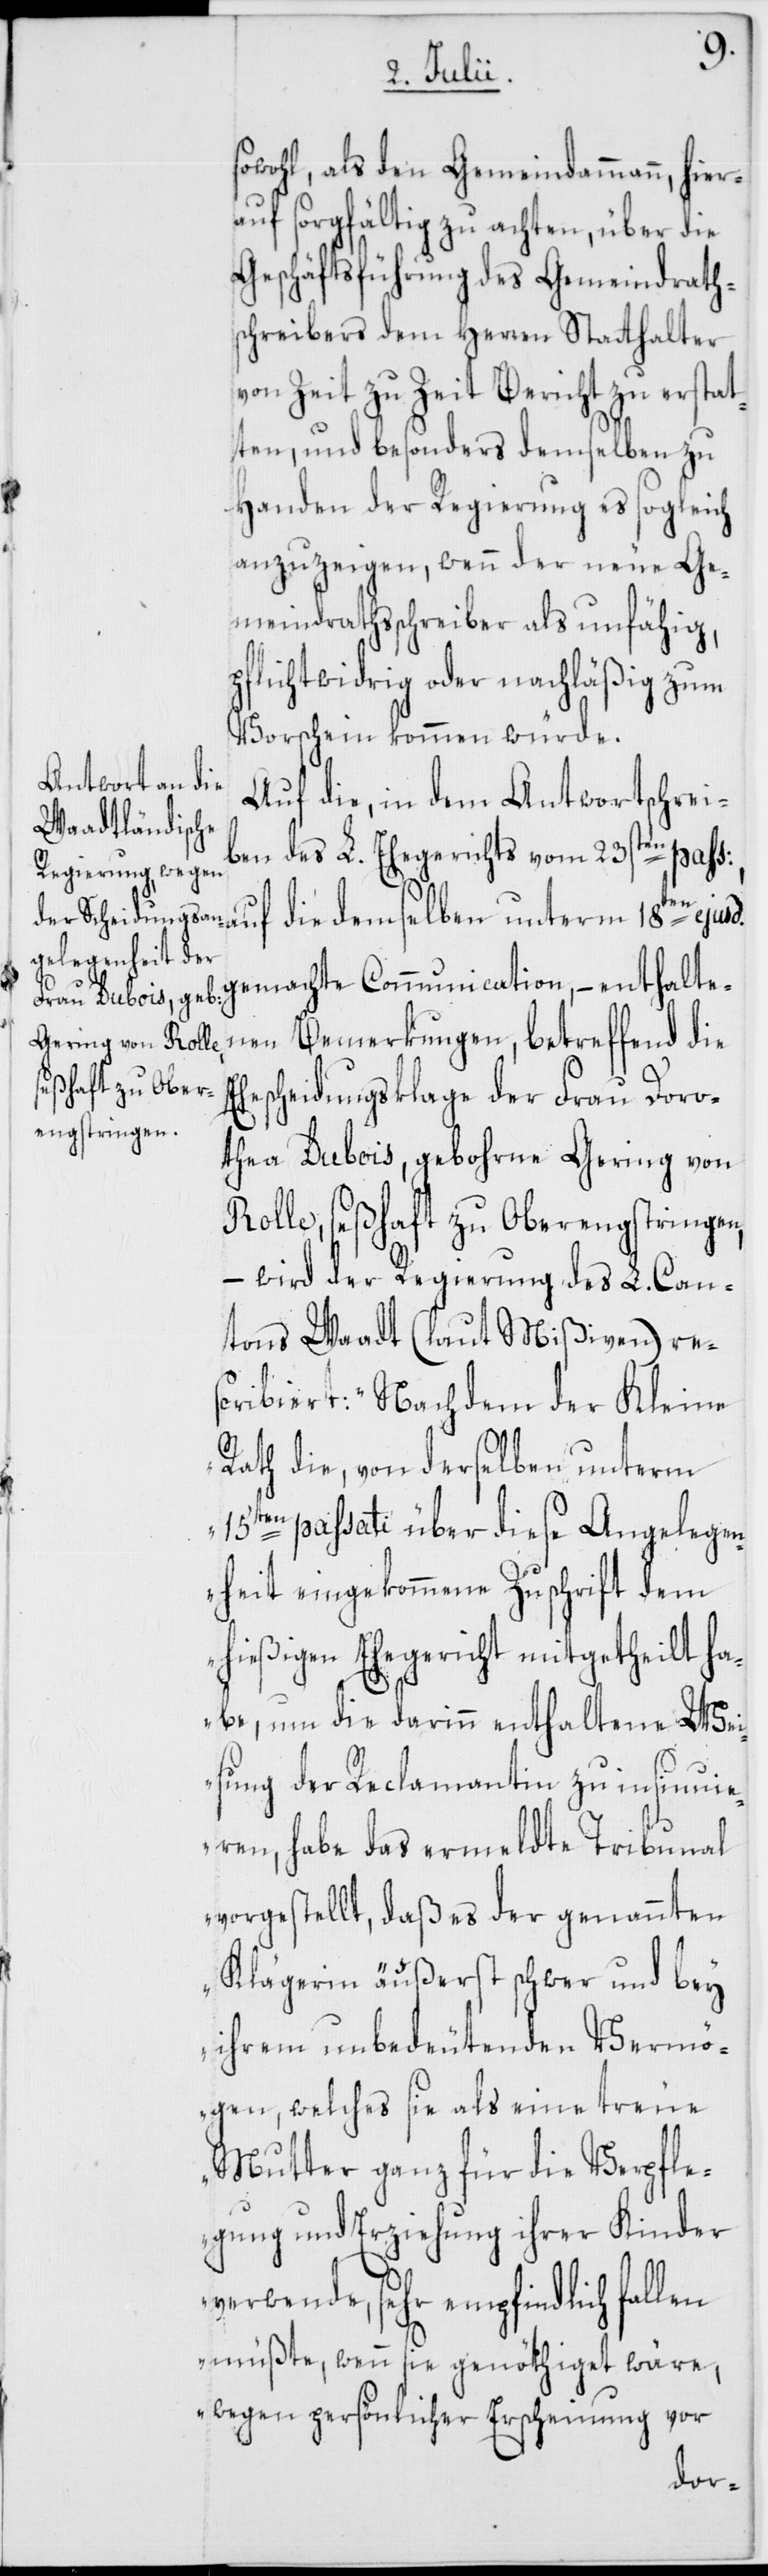
E¬
sowohl, als den Gemeindammann, hier¬
auf sorgfältig zu achten, über die
Geschäftsführung des Gemeindraths¬
chreibers dem Herren Statthalter
von Zeit zu Zeit Bericht zu erstat¬
ten, und besonders demselben zu
Handen der Regierung es sogleich
anzuzeigen, wenn der neue Ge¬
meindrathsschreiber als unfähig,
pflichtwidrig oder nachläßig zum
Vorschein kommen würde.
Auf die, in dem Antwortschrei¬
ben des L. Ehegerichts vom 23sten pass:,
gemachte Communication, – enthalte¬
nen Bemerkungen, betreffend die
hescheidungsklage der Frau Doro¬
thea Dubois, gebohrne Gering von
Rolle, seßhaft zu Oberengstringen,
– wird der Regierung des L. Can¬
tons Waadt (laut Mißiven) res¬
cribiert: „Nachdem der Kleine
Rath die, von derselben unterm
15ten passati über diese Angelegen¬
heit eingekommene Zuschrift dem
hießigen Ehegericht mitgetheilt h¬
abe, um die darinn enthaltene Wei¬
sung der Reclamantin zu insinuie¬
ren, habe das ermeldte Tribunal
vorgestellt, daß es der genannten
Klägerin äußerst schwer und bey
ihrem unbedeutenden Vermö¬
gen, welches sie als eine treue
Mutter ganz für die Verpfle¬
gung und Erziehung ihrer Kinder
verwende, sehr empfindlich fall¬
en müßte, wenn sie genöthiget wäre,
wegen persönlicher Erscheinung vor